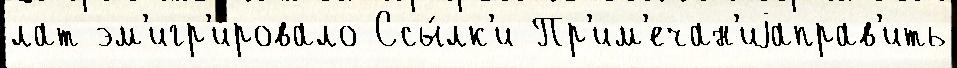
лат эм'игр'и́ровало Ссы́лк'и Пр'им'ечан'иjаправ'ить